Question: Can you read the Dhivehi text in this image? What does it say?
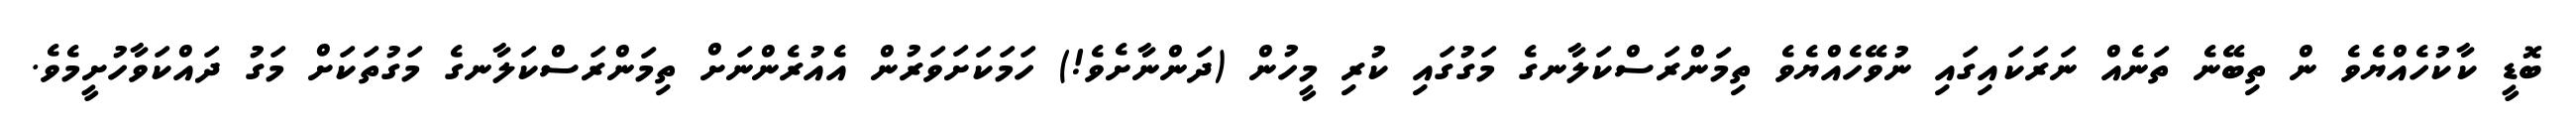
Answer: ބޮޑީ ކާކުހެއްޔެވެ ން ތިބޭނެ ތަނެއް ނަރަކައިގައި ނުވޭހެއްޔެވެ ތިމަންރަސްކަލާނގެ މަގުގައި ކުރި މީހުން (ދަންނާށެވެ!) ހަމަކަށަވަރުން އެއުރެންނަށް ތިމަންރަސްކަލާނގެ މަގުތަކަށް މަގު ދައްކަވާހުށީމެވެ.